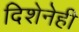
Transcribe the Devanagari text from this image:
दिशेनेही